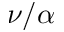
\nu / \alpha